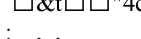
: